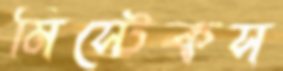
মিস্টেকস